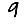
Digit: 9